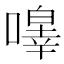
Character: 𭋔